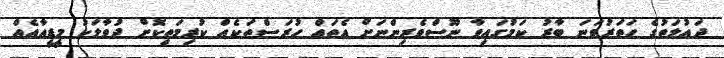
ދައުލަތުގެ ހަތަރުވަނަ ބާރު ކަމުގައިވާ ނޫސްވެރިންނަށް އެތައް ހުރަސްތަކެއް ކުރިމަތިކޮށް ދުވާލަކު މީޑީއާއެއް